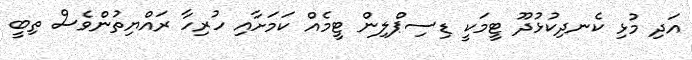
އަދި މުޅި ކެނދިކުޅުދޫ ޓީމަކީ ޑިސިޕްލިން ޓީމެއް ކަމަށާއި ހުރިހާ ރައްޔިތުންވެސް ތިބީ